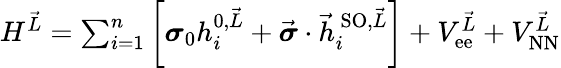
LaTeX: \begin{array}{r}{H^{\vec{L}}=\sum_{i=1}^{n}\left[\boldsymbol{\sigma}_{0}h_{i}^{0,\vec{L}}+\vec{\boldsymbol{\sigma}}\cdot\vec{h}_{i}^{\, \textrm{SO},\vec{L}}\right]+V_{\textrm{ee}}^{\vec{L}}+V_{\textrm{NN}}^{\vec{L}}}\end{array}